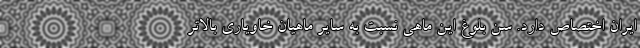
ایران اختصاص دارد. سن بلوغ این ماهی نسبت به سایر ماهیان خاویاری بالاتر